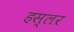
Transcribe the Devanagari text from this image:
हस्‍लर